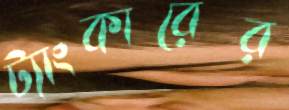
ট্যাংকারের